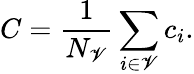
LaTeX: C=\frac{1}{N_{\mathscr{V}}}\sum_{i\in\mathscr{V}}c_{i}.